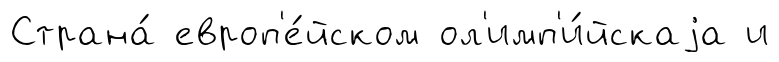
Страна́ европ'е́йском ол'имп'и́йскаjа и